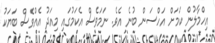
އިހްމާލުން ކަމަށް އަހްސަން ބުނެ އެވެ. ނަަމަވެސް އެކަމުގައި މިއަދު އެއްވެސް ބަޔަކު